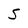
Character: S